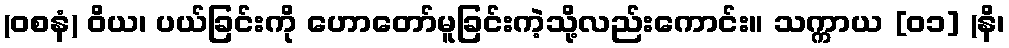
(ဝစနံ) ဝိယ၊ ပယ်ခြင်းကို ဟောတော်မူခြင်းကဲ့သို့လည်းကောင်း။ သက္ကာယ [၀၁] (နိ၊